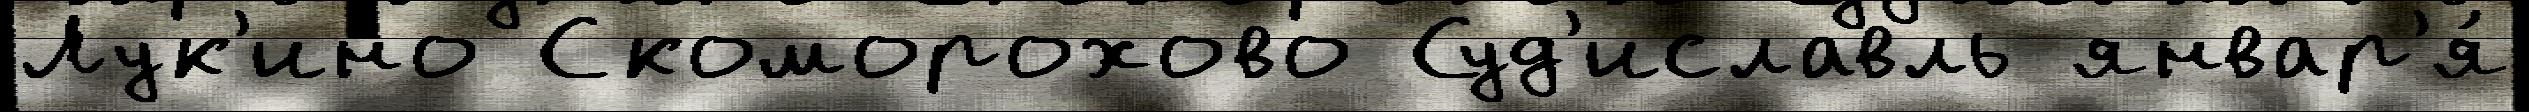
Лук'ино Скоморохово Суд'иславль январ'я́